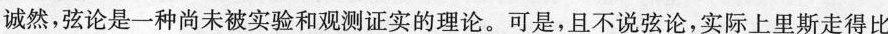
诚然，弦论是一种尚未被实验和观测证实的理论。可是，且不说弦论，\underline{实际上里斯走得比}